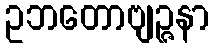
ဥဘတောဗျဉ္ဇနာ